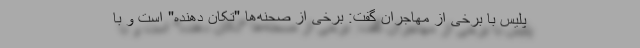
پلیس با برخی از مهاجران گفت: برخی از صحنه‌ها "تکان دهنده" است و با